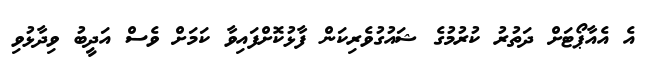
އެ އެއާޕޯޓަށް ދަތުރު ކުރުމުގެ ޝައުގުވެރިކަން ފާޅުކޮށްފައިވާ ކަމަށް ވެސް އަދީބު ވިދާޅުވި